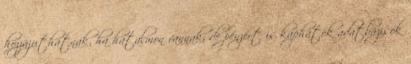
hozzájuthatnak, ha hatalmon vannak, de pénzért is kaphatók adatbázisok